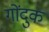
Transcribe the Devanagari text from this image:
गोंदुक